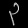
Digit: ၃